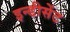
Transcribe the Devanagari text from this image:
इन्डीसेंट